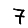
Digit: 7